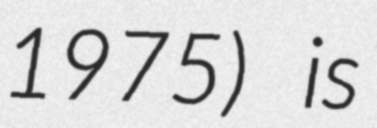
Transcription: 1975) is